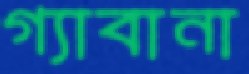
গ্যাবানা